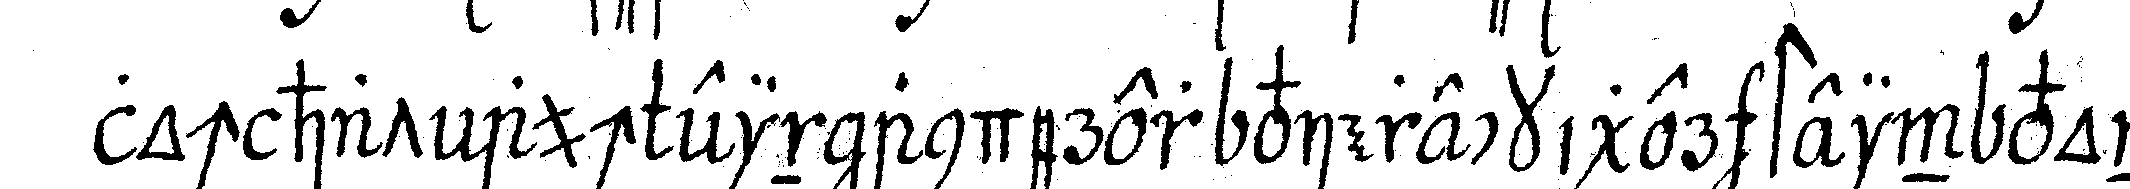
loch hat auch ein anderer viereckiger stein von